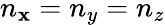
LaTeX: n_{\mathbf{x}}=n_{y}=n_{z}